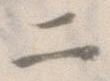
二